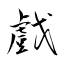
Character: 戲